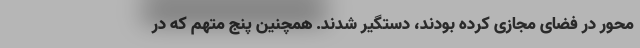
محور در فضای مجازی کرده‌ بودند، دستگیر شدند. همچنین پنج متهم که در